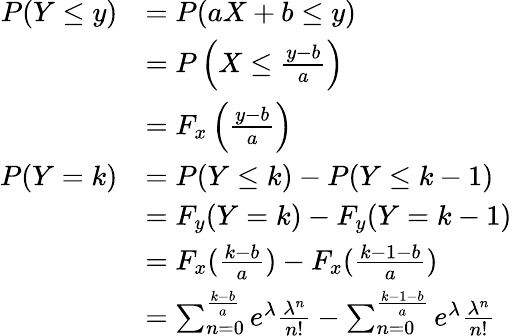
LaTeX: \begin{array}{rl}{P(Y\leq y)}&{=P(aX+b\leq y)}\\ &{=P\left(X\leq\frac{y-b}{a}\right)}\\ &{=F_{x}\left(\frac{y-b}{a}\right)}\\ {P(Y=k)}&{=P(Y\leq k)-P(Y\leq k-1)}\\ &{=F_{y}(Y=k)-F_{y}(Y=k-1)}\\ &{=F_{x}(\frac{k-b}{a})-F_{x}(\frac{k-1-b}{a})}\\ &{=\sum_{n=0}^{\frac{k-b}{a}}e^{\lambda}\frac{\lambda^{n}}{n!}-\sum_{n=0}^{\frac{k-1-b}{a}}e^{\lambda}\frac{\lambda^{n}}{n!}}\end{array}